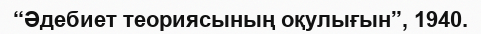
“Әдебиет теориясының оқулығын”, 1940.